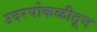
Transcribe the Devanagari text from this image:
उदरपोकळीतून